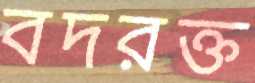
বদরক্ত